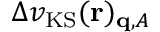
\Delta v _ { \mathrm { K S } } ( \mathbf { r } ) _ { \mathbf { q } , A }